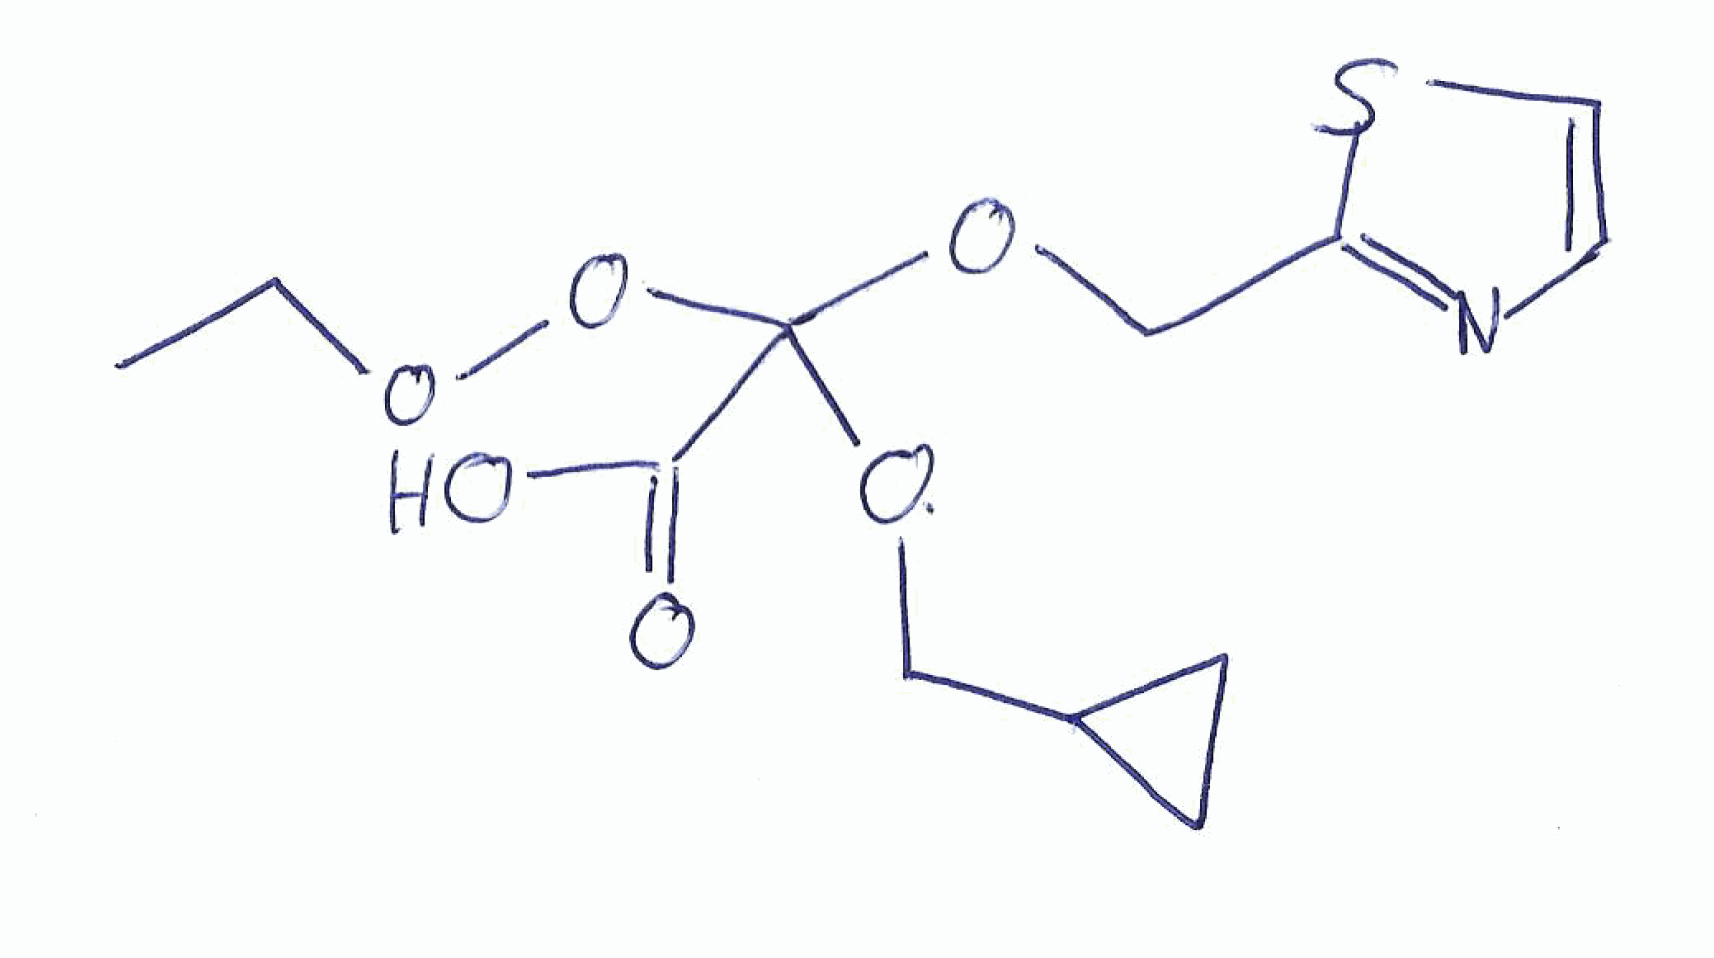
Simplified molecular-input line-entry system (SMILES) notation of the given molecule:
CCOOC(C(=O)O)(OCC1CC1)OCC2=NC=CS2